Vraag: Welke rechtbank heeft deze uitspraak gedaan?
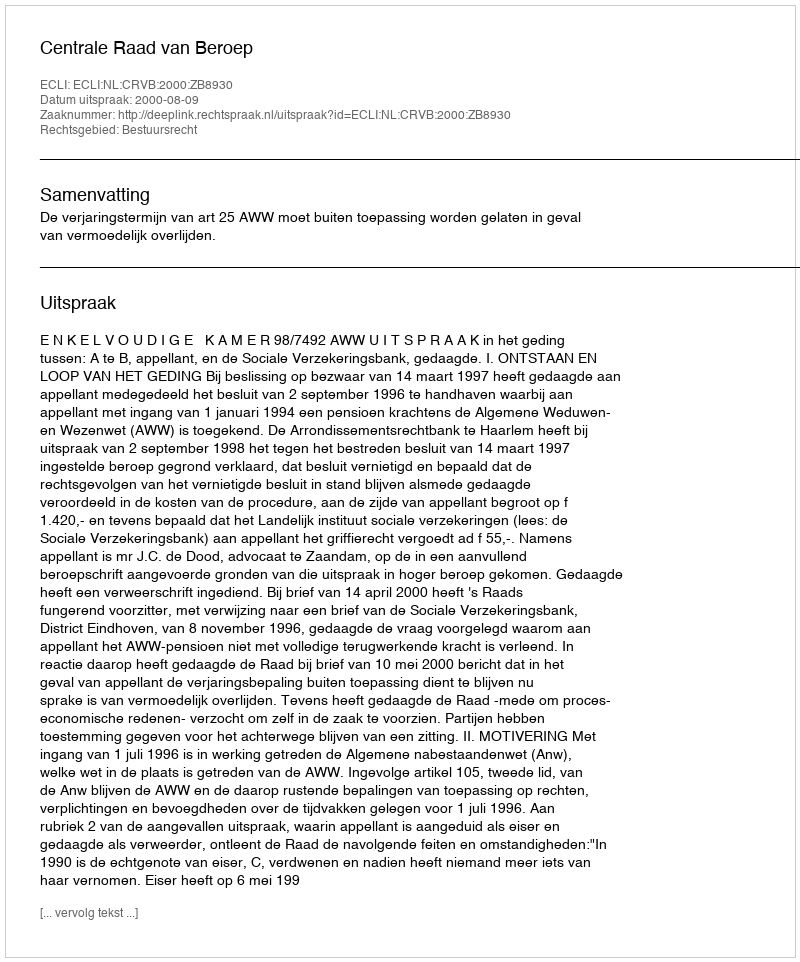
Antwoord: Centrale Raad van Beroep